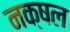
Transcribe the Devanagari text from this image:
नक्षल